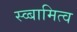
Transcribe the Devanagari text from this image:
स्व्बामित्व